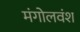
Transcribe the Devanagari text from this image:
मंगोलवंश